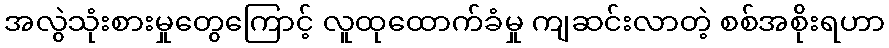
အလွဲသုံးစားမှုတွေကြောင့် လူထုထောက်ခံမှု ကျဆင်းလာတဲ့ စစ်အစိုးရဟာ